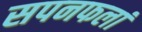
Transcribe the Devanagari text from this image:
सपनफलां